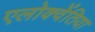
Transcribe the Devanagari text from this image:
एलोक्वेंतिया